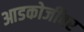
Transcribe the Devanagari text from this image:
आडकोजींवर